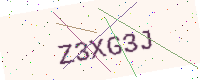
Text: Z3XG3J